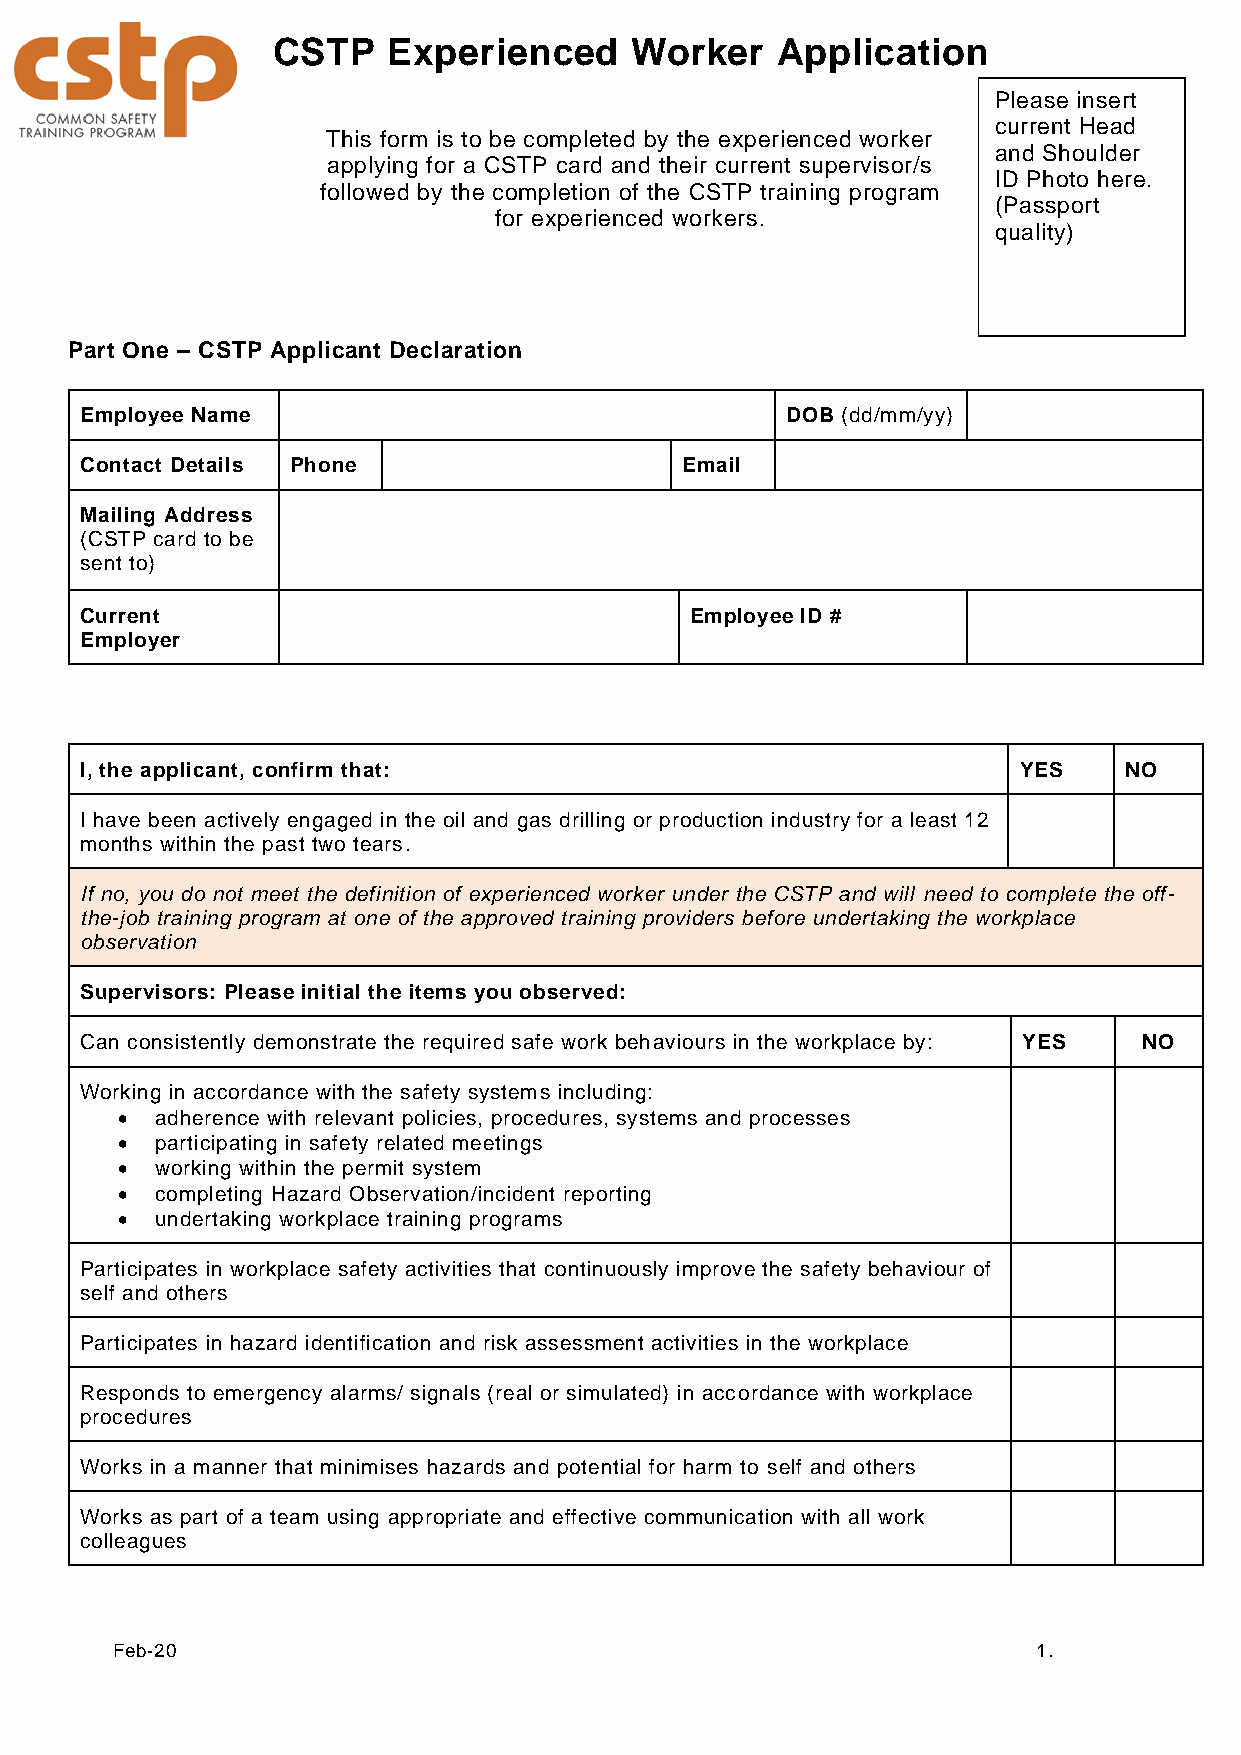
CSTP    Experienced     Worker   Application
 Please insert
 current Head
 This form is to be completed by the experienced worker
 and Shoulder
 applying for a CSTP card and their current supervisor/s
 ID Photo here.
 followed by the completion of the CSTP training program
 (Passport
 for experienced workers.
 quality)
 Part One – CSTP Applicant Declaration
 Employee Name                                  DOB (dd/mm/yy)
 Contact Details Phone                   Email
 Mailing Address
 (CSTP card to be
 sent to)
 Current                                  Employee ID #
 Employer
 I, the applicant, confirm that:                               YES    NO
 I have been actively engaged in the oil and gas drilling or production industry for a least 12
 months within the past two tears.
 If no, you do not meet the definition of experienced worker under the CSTP and will need to complete the off-
 the-job training program at one of the approved training providers before undertaking the workplace
 observation
 Supervisors: Please initial the items you observed:
 Can consistently demonstrate the required safe work behaviours in the workplace by: YES NO
 Working in accordance with the safety systems including:
 • adherence with relevant policies, procedures, systems and processes
 • participating in safety related meetings
 • working within the permit system
 • completing Hazard Observation/incident reporting
 • undertaking workplace training programs
 Participates in workplace safety activities that continuously improve the safety behaviour of
 self and others
 Participates in hazard identification and risk assessment activities in the workplace
 Responds to emergency alarms/ signals (real or simulated) in accordance with workplace
 procedures
 Works in a manner that minimises hazards and potential for harm to self and others
 Works as part of a team using appropriate and effective communication with all work
 colleagues
 Feb-20                                                        1.